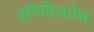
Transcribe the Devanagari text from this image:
इनितिअतेस